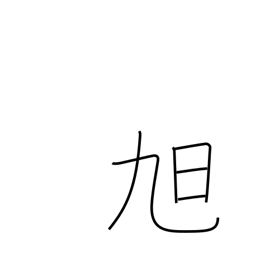
Meaning: morning sun